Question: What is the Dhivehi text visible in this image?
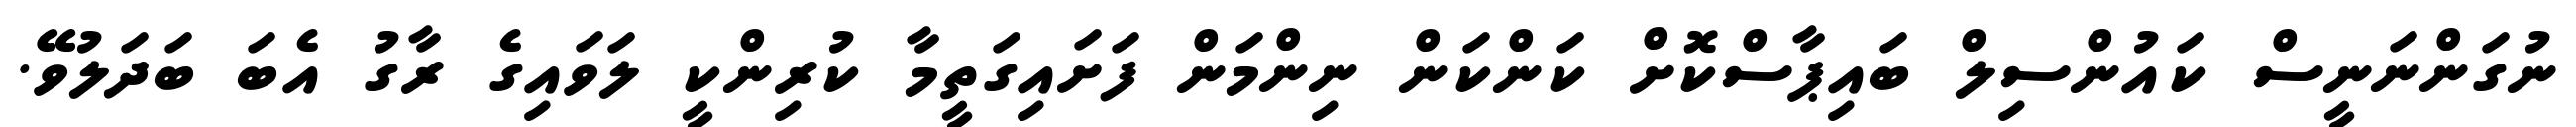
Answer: ނުގަންނަނީސް ކައުންސިލް ބައިޕާސްކޮށް ކަންކަން ނިންމަން ފަށައިގަތީމާ ކުރިންކީ ލަވައިގެ ރާގު އެބަ ބަދަލުވޭ.